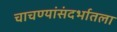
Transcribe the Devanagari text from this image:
चाचण्यांसंदर्भातला